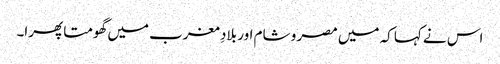
اس نے کہا کہ میں مصر و شام اور بلادِ مغرب میں گھومتا پھرا۔